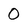
Character: 0